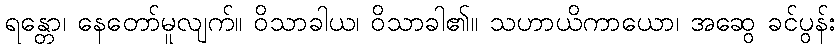
ရန္တော၊ နေတော်မူလျက်။ ဝိသာခါယ၊ ဝိသာခါ၏။ သဟာယိကာယော၊ အဆွေ ခင်ပွန်း